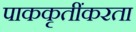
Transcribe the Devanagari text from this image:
पाककृतींकरता